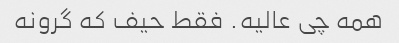
همه چی عالیه. فقط حیف که گرونه